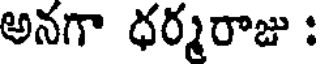
అనగా ధర్మరాజు :